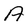
Character: A